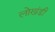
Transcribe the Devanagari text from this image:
लाेखंडी